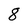
Character: 8